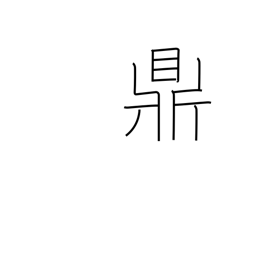
Meaning: three legged kettle